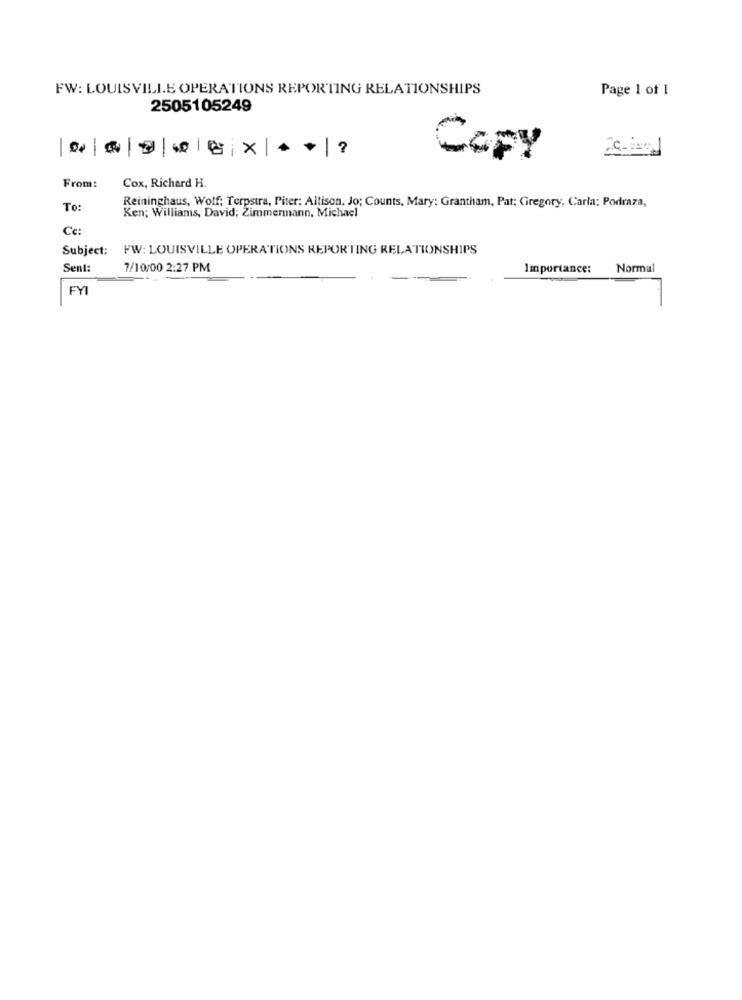
FW: LOUISVILLE OPERATIONS REPORTING RELATIONSHIPS
Page 1 of 1
2505105249
Cory
From:
Cox, Richard H.
Reininghaus, Wolf; Terpstra, Piter: Allison, Jo; Counts, Mary; Grantham, Pat; Gregory, Carla; Podraza,
To:
Ken; Williams, David; Zimmermann, Michael
Cc:
Subject: FW: LOUISVILLE OPERATIONS REPORTING RELATIONSHIPS
Sent:
7/10/00 2:27 PM
Importance:
Normal
FYI